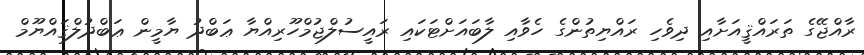
ރާއްޖޭގެ ތަރައްޤީއަށާއި ދިވެހި ރައްޔިތުންގެ ހެވާއި ލާބައަށްޓަކައި ރައީސުލްޖުމްހޫރިއްޔާ ޢަބްދު ޔާމީން ޢަބްދުލްޤައްޔޫމް